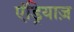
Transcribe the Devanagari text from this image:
एंड्रियाज़